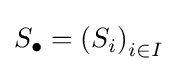
S_{\bullet }=\left(S_{i}\right)_{i\in I}